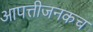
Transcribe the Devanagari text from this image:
आपत्तीजनकच